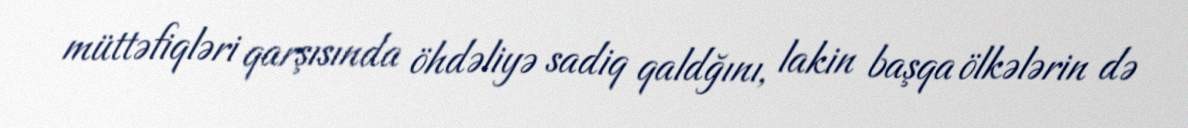
müttəfiqləri qarşısında öhdəliyə sadiq qaldğını, lakin başqa ölkələrin də